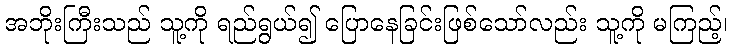
အဘိုးကြီးသည် သူ့ကို ရည်ရွယ်၍ ပြောနေခြင်းဖြစ်သော်လည်း သူ့ကို မကြည့်၊